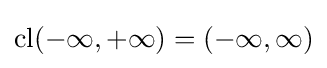
\operatorname {cl} (-\infty ,+\infty )=(-\infty ,\infty )